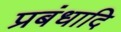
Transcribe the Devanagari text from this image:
प्रबंधादि